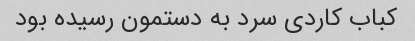
کباب کاردی سرد به دستمون رسیده بود